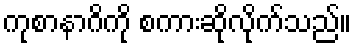
ကုစာနာဂိကို စကားဆိုလိုက်သည်။